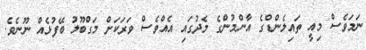
ނަމަވެސް މިއީ ތައިލެންޑްގެ އާންމުންގެ މެދުގައި އެއްވެސް ވަރަކަށް މަގްބޫލު ބޭފުޅެއް ނޫނެވެ.